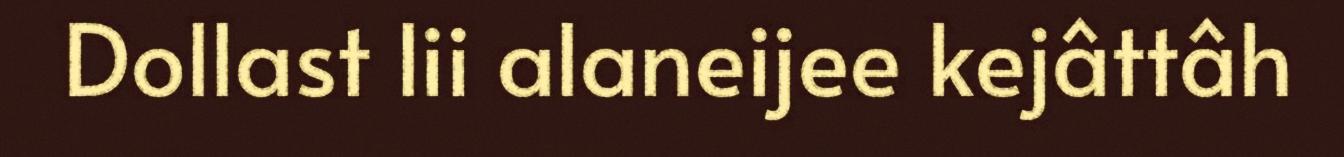
Dollast lii alaneijee kejâttâh